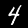
Digit: 4